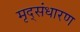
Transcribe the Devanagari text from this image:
मृद्‌संधारण